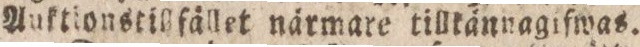
Auktionstigfället närmare tillkännagifwas.